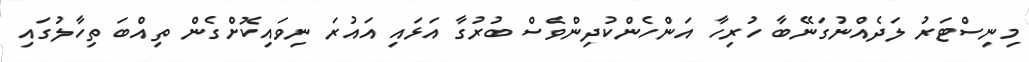
މިނިސްޓަރު ލަދެއްނުގަނޭބާ ހުރިހާ އަންހެންކުދިންވެސް ބުރުގާ އަޅައި އަައުރަ ނިވައިކޮށްގެން ތިއްބަ ތިހާލުގައި